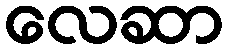
လေဆာ